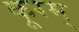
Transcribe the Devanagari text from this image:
कूरम्